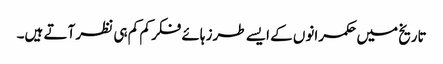
تاریخ میں حکمرانوں کے ایسے طرز ہائے فکر کم کم ہی نظر آتے ہیں۔